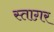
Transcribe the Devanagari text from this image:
स्ताग़र